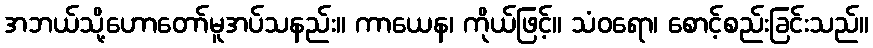
အဘယ်သို့ဟောတော်မူအပ်သနည်း။ ကာယေန၊ ကိုယ်ဖြင့်။ သံဝရော၊ စောင့်စည်းခြင်းသည်။